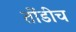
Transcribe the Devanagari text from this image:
तोंडीच